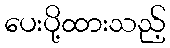
ပေးပို့ထားသည့်